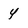
Character: 4